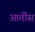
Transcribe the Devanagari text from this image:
आर्तीस